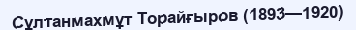
Сұлтанмахмұт Торайғыров (1893—1920)